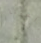
وأخبرنا